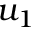
u _ { 1 }